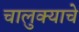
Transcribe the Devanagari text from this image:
चालुक्याचे